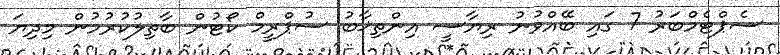
ސެޕްޓެމްބަރު 7 ގައި ބޭއްވުނު ރިޔާސީ އިންތިޚާބު ސުޕްރީމް ކޯޓުން ބާތިލުކުރުމުން މިދިޔަ